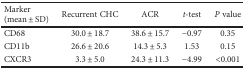
| Marker (mean ± SD) | Recurrent CHC | ACR | t-test | P value |
 | --- | --- | --- | --- | --- |
 | CD68 | 30.0 ± 18.7 | 38.6 ± 15.7 | −0.97 | 0.35 |
 | CD11b | 26.6 ± 20.6 | 14.3 ± 5.3 | 1.53 | 0.15 |
 | CXCR3 | 3.3 ± 5.0 | 24.3 ± 11.3 | −4.99 | <0.001 |